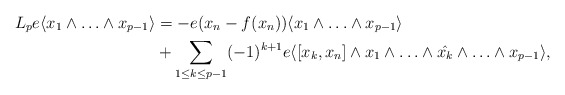
\begin{align*} L_p e\langle x_1\wedge\ldots\wedge x_{p-1}\rangle&= -e(x_n-f(x_n))\langle x_1\wedge\ldots \wedge x_{p-1}\rangle\\&+\sum_{1\le k \le p-1} (-1)^{k+1} e\langle[x_k,x_n]\wedge x_1\wedge\ldots\wedge \Hat {x_k}\wedge\ldots\wedge x_{p-1}\rangle, \\ \end{align*}